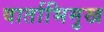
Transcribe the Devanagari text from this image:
वार्ताभिमुख